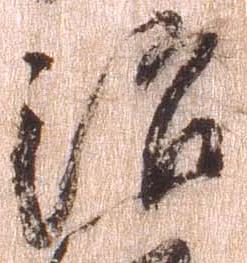
治